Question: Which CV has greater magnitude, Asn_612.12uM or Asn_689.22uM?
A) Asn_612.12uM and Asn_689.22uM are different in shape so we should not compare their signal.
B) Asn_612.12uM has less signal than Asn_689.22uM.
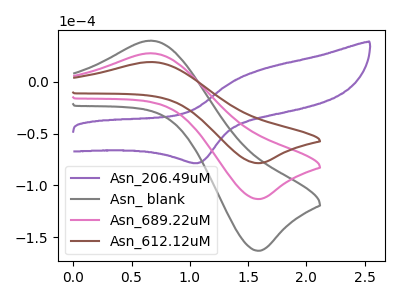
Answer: <think>The purple curve "Asn_206.49uM" has an anodic peak at (1.60V, 11.50uA) and a cathodic peak at (1.05V, -78.65uA). The gray curve "Asn_ blank" has an anodic peak at (0.65V, 55.15uA) and a cathodic peak at (1.60V, -226.65uA). The pink curve "Asn_689.22uM" has an anodic peak at (0.65V, 27.60uA) and a cathodic peak at (1.60V, -113.30uA). The brown curve "Asn_612.12uM" has an anodic peak at (0.65V, 19.15uA) and a cathodic peak at (1.60V, -78.65uA).
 All the peaks in "Asn_612.12uM" have a peak in "Asn_689.22uM" at the same potential. Every peak in "Asn_612.12uM" is lower than every peak in "Asn_689.22uM".</think>
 <answer>B) "Asn_612.12uM" has less signal than "Asn_689.22uM".</answer>
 <eval>B</eval>